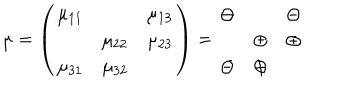
LaTeX: \mu = \left( \begin{array} { c c c } { { \mu _ { 1 1 } } } & { { } } & { { \mu _ { 1 3 } } } \\ { { } } & { { \mu _ { 2 2 } } } & { { \mu _ { 2 3 } } } \\ { { \mu _ { 3 1 } } } & { { \mu _ { 3 2 } } } & { { } } \\ \end{array} \right) = \begin{array} { c c c } { { \ominus } } & { { } } & { { \ominus } } \\ { { } } & { { \oplus } } & { { \oplus } } \\ { { \ominus } } & { { \oplus } } & { { } } \\ \end{array}